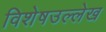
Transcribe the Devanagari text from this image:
विशेषउल्लेख